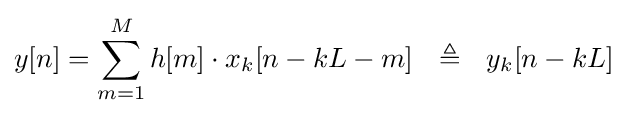
y[n]=\sum _{m=1}^{M}h[m]\cdot x_{k}[n-kL-m]\ \ \triangleq \ \ y_{k}[n-kL]